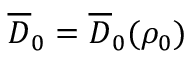
\overline { { D } } _ { 0 } = \overline { { D } } _ { 0 } ( \rho _ { 0 } )